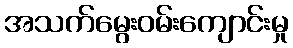
အသက်မွေးဝမ်းကျောင်းမှု